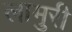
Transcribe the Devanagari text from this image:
लामुरी